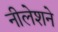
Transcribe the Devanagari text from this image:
नीलेशने